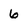
Character: 6